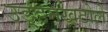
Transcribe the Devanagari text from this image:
उड़्डनखटोले